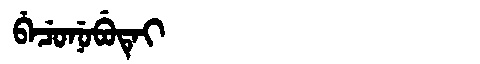
Manchu: ᠪᡝᠴᡠᠨᡠᠪᡠᡨᡝᡳ
Romanization: BECUNUBUTEI